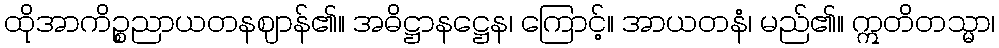
ထိုအာကိဉ္စညာယတနဈာန်၏။ အဓိဋ္ဌာနဋ္ဌေန၊ ကြောင့်။ အာယတနံ၊ မည်၏။ ဣတိတသ္မာ၊